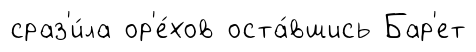
сраз'и́ла ор'е́хов оста́вшись Бар'ет